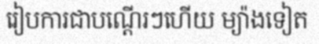
រៀបការជាបណ្តើរៗហើយ ម្យ៉ាងទៀត